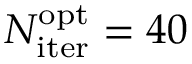
N _ { \mathrm { i t e r } } ^ { \mathrm { o p t } } = 4 0